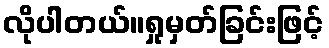
လိုပါတယ်။ရှုမှတ်ခြင်းဖြင့်